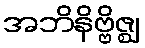
အဘိနိဗ္ဗိဇ္ဈ